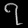
Digit: ၇